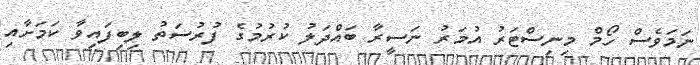
ނަމަވެސް ހޯމް މިނިސްޓަރު އުމަރު ނަސީރާ ބައްދަލު ކުރުމުގެ ފުރުސަތު ލިބިފައިވާ ކަމަށާއި